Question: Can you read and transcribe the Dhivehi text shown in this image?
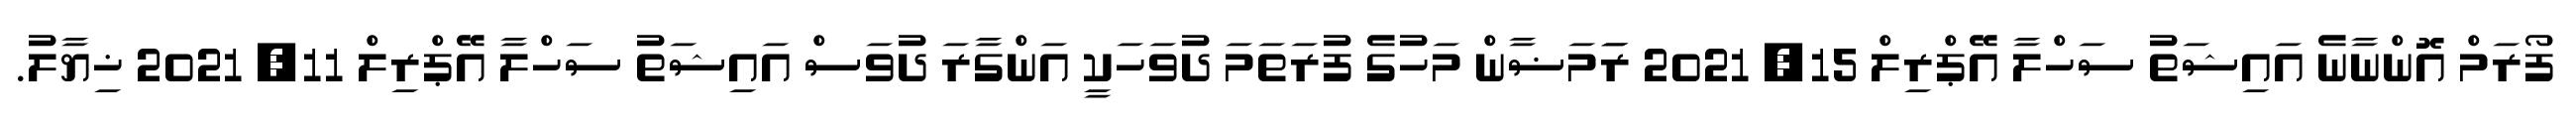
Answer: ފޯރަމް އޮންނާނެ އައިޝަތު ސަހްލާ އޭޕްރިލް 15, 2021 ރަަމަޟާން މަހުގެ ފުރަތަމަ ދުވަހަކީ އަންގާރަ ދުވަސް އައިޝަތު ސަހްލާ އޭޕްރިލް 11, 2021 ޚިޔާލު.